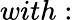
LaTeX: with: